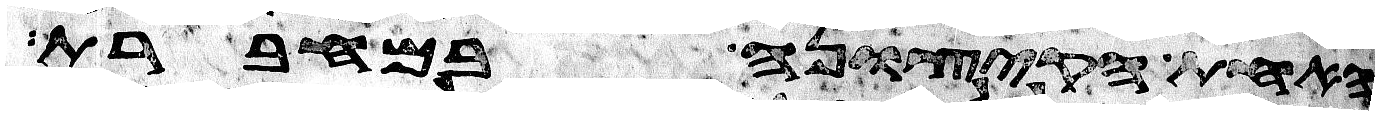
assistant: האחת הקצונה במחברת